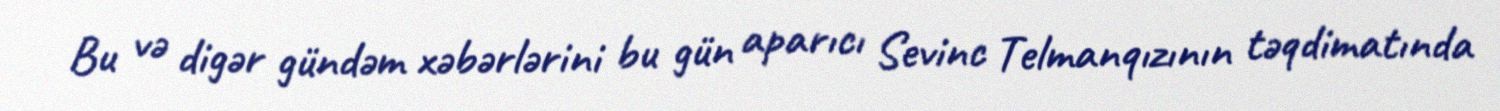
Bu və digər gündəm xəbərlərini bu gün aparıcı Sevinc Telmanqızının təqdimatında